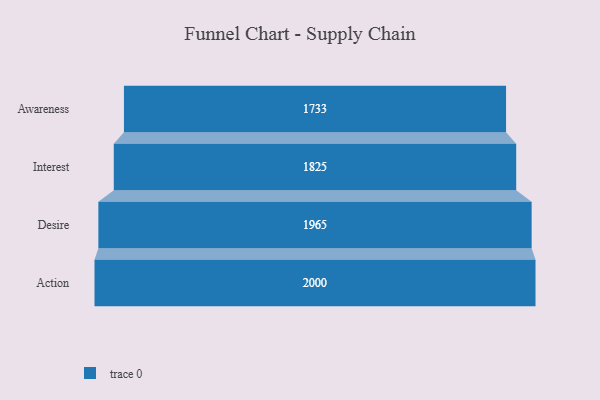
{"axis": {"x": "Stage", "y": "Value"}, "legend": [""], "data": [{"x": "Awareness", "y": 1733.0, "type": ""}, {"x": "Interest", "y": 1825.0, "type": ""}, {"x": "Desire", "y": 1965.0, "type": ""}, {"x": "Action", "y": 2000, "type": ""}]}